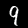
Digit: 9